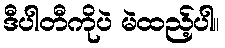
ဒီပါတီကိုပဲ မဲထည့်ပါ။